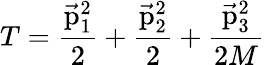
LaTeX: T={\frac{\vec{\mathrm{p}}_{1}^{2}}{2}}+{\frac{\vec{\mathrm{p}}_{2}^{2}}{2}}+{\frac{\vec{\mathrm{p}}_{3}^{2}}{2M}}